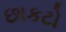
છાકટો